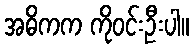
အဓိကက ကိုဝင်းဦးပါ။